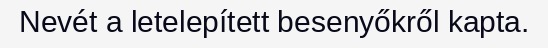
Nevét a letelepített besenyőkről kapta.